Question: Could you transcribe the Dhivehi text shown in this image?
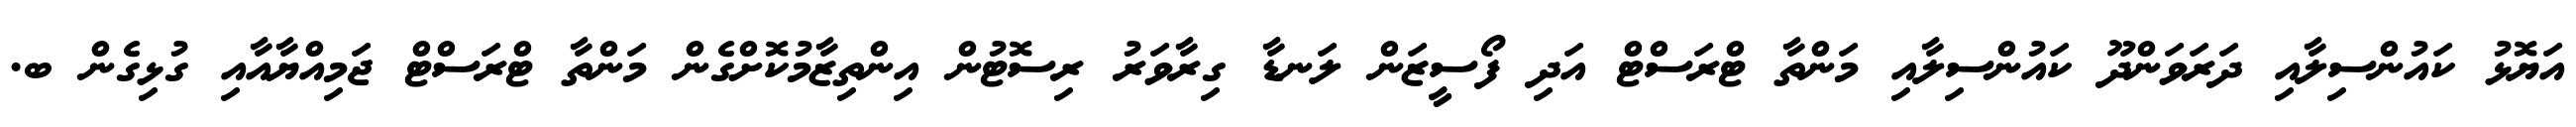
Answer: އަޔޮޅު ކައުންސިލާއި ދަރަވަންދޫ ކައުންސިލާއި މަންތާ ޓްރަސްޓް އަދި ފޯސީޒަން ލަނޑާ ގިރާވަރު ރިސޮޓުން އިންތިޒާމުކޮށްގެން މަންތާ ޓްރަސްޓް ޖަމިއްޔާއާއި ގުޅިގެން ބ.